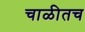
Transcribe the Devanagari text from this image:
चाळीतच